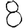
Digit: 8